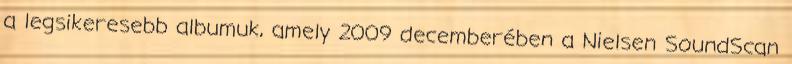
a legsikeresebb albumuk, amely 2009 decemberében a Nielsen SoundScan